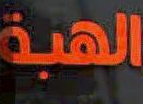
الهبة